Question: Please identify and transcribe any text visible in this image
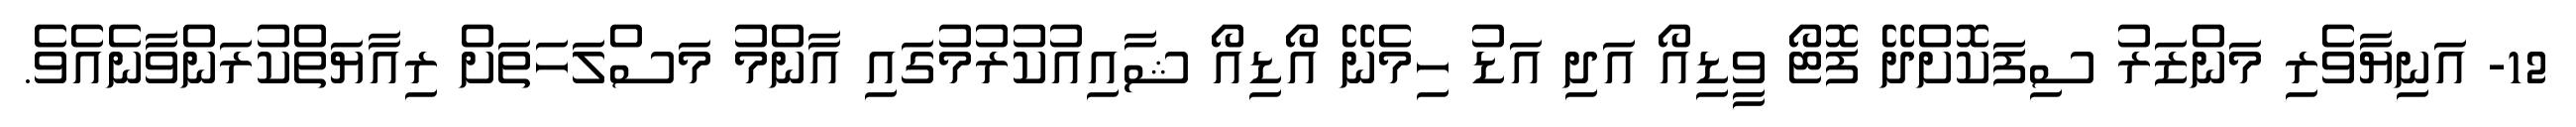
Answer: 12- އަނިޔާވެރި މަންޒަރު ސިފަކޮށްދޭ ފޮޓޯ ވީޑިއޯ އަދި އަޑު ހިމެނޭ އޯޑިއޯ ޝާއިއުކުރުމުގައި އާންމު މަސްލަހަތަށް ރިއާޔަތްކުރަންވާނެއެވެ.